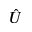
\hat { U }